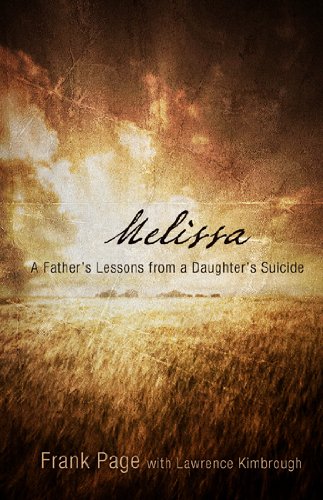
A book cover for Melissa: A Father's Lessons from a Daughter's Suicide; Frank Page; Self-Help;